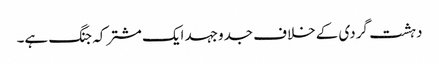
دہشت گردی کے خلاف جدوجہد ایک مشترکہ جنگ ہے۔